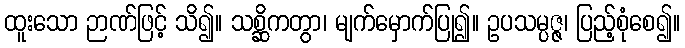
ထူးသော ဉာဏ်ဖြင့် သိ၍။ သစ္ဆိကတွာ၊ မျက်မှောက်ပြု၍။ ဥပသမ္ပဇ္ဇ၊ ပြည့်စုံစေ၍။